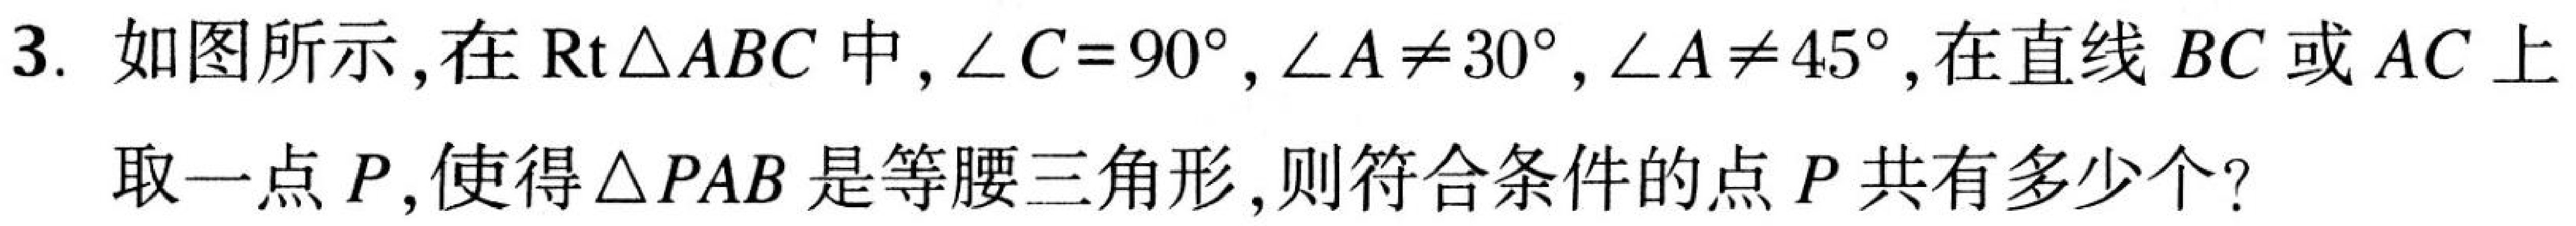
3. 如图所示,在\(\mathrm{Rt}\triangle ABC\)中,\(\angle C = 90^{\circ}\),\(\angle A\neq30^{\circ}\),\(\angle A\neq45^{\circ}\),在直线\(BC\)或\(AC\)上
取一点\(P\),使得\(\triangle PAB\)是等腰三角形,则符合条件的点\(P\)共有多少个?